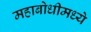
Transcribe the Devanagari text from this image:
महाबोधीमध्ये